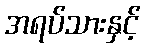
အရပ်သားနှင့်